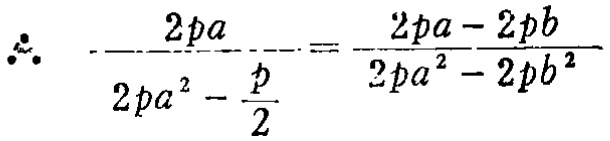
\(\therefore \frac{2pa}{2pa^{2}-\frac{p}{2}}=\frac{2pa - 2pb}{2pa^{2}-2pb^{2}}\)